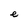
Character: e